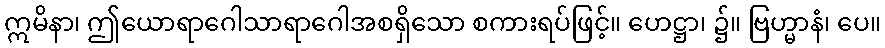
ဣမိနာ၊ ဤယောရာဂေါသာရာဂေါအစရှိသော စကားရပ်ဖြင့်။ ဟေဋ္ဌာ၊ ၌။ ဗြဟ္မာနံ၊ ပေ။